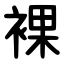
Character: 裸